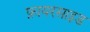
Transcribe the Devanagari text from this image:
फ़ायरसाइड